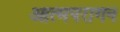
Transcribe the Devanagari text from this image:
आत्मपरागन